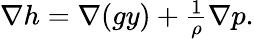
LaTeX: \begin{array}{r}{\nabla h=\nabla(gy)+\frac{1}{\rho}\nabla p.}\end{array}